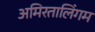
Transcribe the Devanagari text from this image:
अमिरतालिंगम